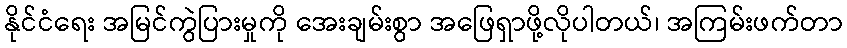
နိုင်ငံရေး အမြင်ကွဲပြားမှုကို အေးချမ်းစွာ အဖြေရှာဖို့လိုပါတယ်၊ အကြမ်းဖက်တာ